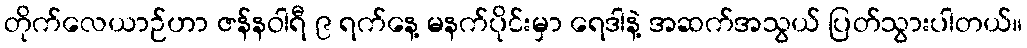
တိုက်လေယာဉ်ဟာ ဇန်နဝါရီ ၉ ရက်နေ့ မနက်ပိုင်းမှာ ရေဒါနဲ့ အဆက်အသွယ် ပြတ်သွားပါတယ်။